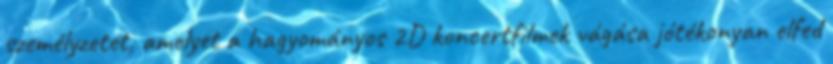
személyzetet, amelyet a hagyományos 2D koncertfilmek vágása jótékonyan elfed